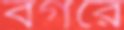
বগরে